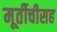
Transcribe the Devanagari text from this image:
मूर्तीचीसह